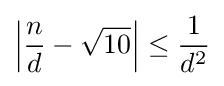
\left|{\frac {n}{d}}-{\sqrt {10}}\right|\leq {\frac {1}{d^{2}}}